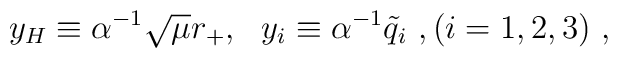
y_H\equiv \alpha^{-1}\sqrt{\mu}r_+, \ \ y_i \equiv \alpha^{-1}{{\tilde q}_i}  \ , (i=1,2,3)\ ,